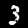
Digit: 3